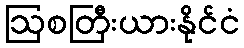
ဩစတြီးယားနိုင်ငံ